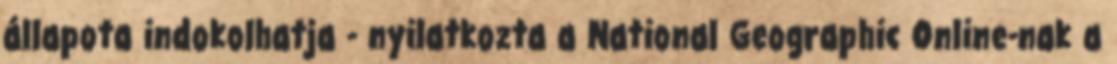
állapota indokolhatja - nyilatkozta a National Geographic Online-nak a